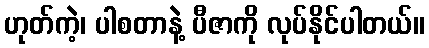
ဟုတ်ကဲ့၊ ပါစတာနဲ့ ပီဇာကို လုပ်နိုင်ပါတယ်။